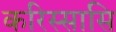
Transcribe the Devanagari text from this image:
करिस्सासि